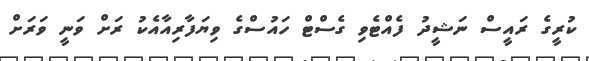
ކުރީގެ ރައީސް ނަޝީދު ފެއްޓެވި ގެސްޓް ހައުސްގެ ވިޔަފާރިއާއެކު ރަށް ވަނީ ވަރަށް